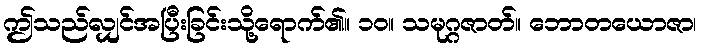
ဤသည်လျှင်အပြီးခြင်းသို့ရောက်၏။ ၁၀။ သမုဂ္ဂဇာတ်။ ဘောတယောဇာ၊